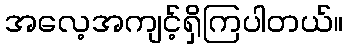
အလေ့အကျင့်ရှိကြပါတယ်။